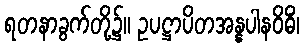
ရတနာခွက်တို့၌။ ဥပဋ္ဌာပိတအန္နပါနဝိဓိံ၊